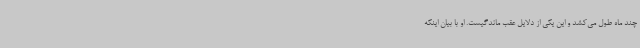
چند ماه طول می‌کشد و این یکی از دلایل عقب ماندگیست. او با بیان اینکه